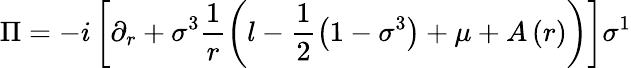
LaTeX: \Pi=-i\left[\partial_{r}+\sigma^{3}\frac{1}{r}\left(l-\frac{1}{2}\left(1-\sigma^{3}\right)+\mu+A\left(r\right)\right)\right]\sigma^{1}